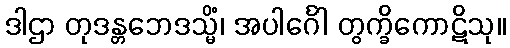
ဒါဌာ တုဒန္တဘေဒသ္မိံ၊ အပါင်္ဂေါ တွက္ခိကောဋိသု။